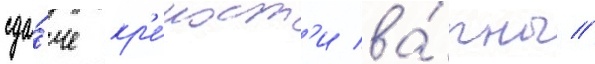
сда́че кр'е́пост'и ва́рны //